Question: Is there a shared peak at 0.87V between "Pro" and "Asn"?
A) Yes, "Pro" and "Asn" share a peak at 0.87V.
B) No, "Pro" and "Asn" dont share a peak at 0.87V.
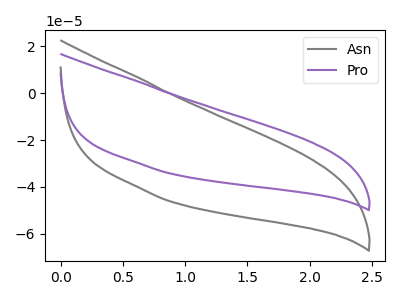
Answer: <think>The gray curve "Asn" has no peaks. The purple curve "Pro" has no peaks.</think>
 <answer>B) No, "Pro" and "Asn" dont share a peak at 0.87V.</answer>
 <eval>B</eval>